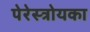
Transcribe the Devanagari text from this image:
पेरेस्त्रोयका